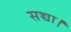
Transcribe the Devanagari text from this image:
सच्चा।